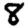
Digit: 8